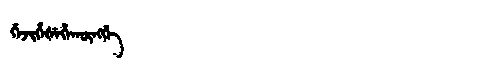
Manchu: ᡤᡝᠵᡳᡥᡝᡧᡝᡥᠠᡴᡡᠩᡤᡝ
Romanization: GEJIHEŠEHAKŪNGGE